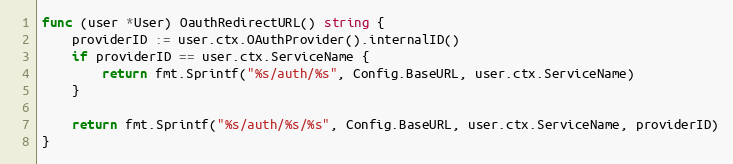
Language: Go
func (user *User) OauthRedirectURL() string {
	providerID := user.ctx.OAuthProvider().internalID()
	if providerID == user.ctx.ServiceName {
		return fmt.Sprintf("%s/auth/%s", Config.BaseURL, user.ctx.ServiceName)
	}

	return fmt.Sprintf("%s/auth/%s/%s", Config.BaseURL, user.ctx.ServiceName, providerID)
}